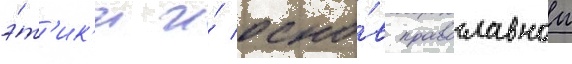
э́т'ик'и и́ осно́в православнои